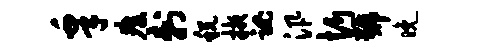
皋瘴刺税掖魂汛忻号晚